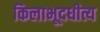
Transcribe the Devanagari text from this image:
किलाभूदधीत्य